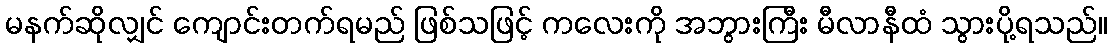
မနက်ဆိုလျှင် ကျောင်းတက်ရမည် ဖြစ်သဖြင့် ကလေးကို အဘွားကြီး မီလာနီထံ သွားပို့ရသည်။